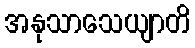
အနုသာသေယျာတိ